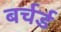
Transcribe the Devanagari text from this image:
बर्चर्ड